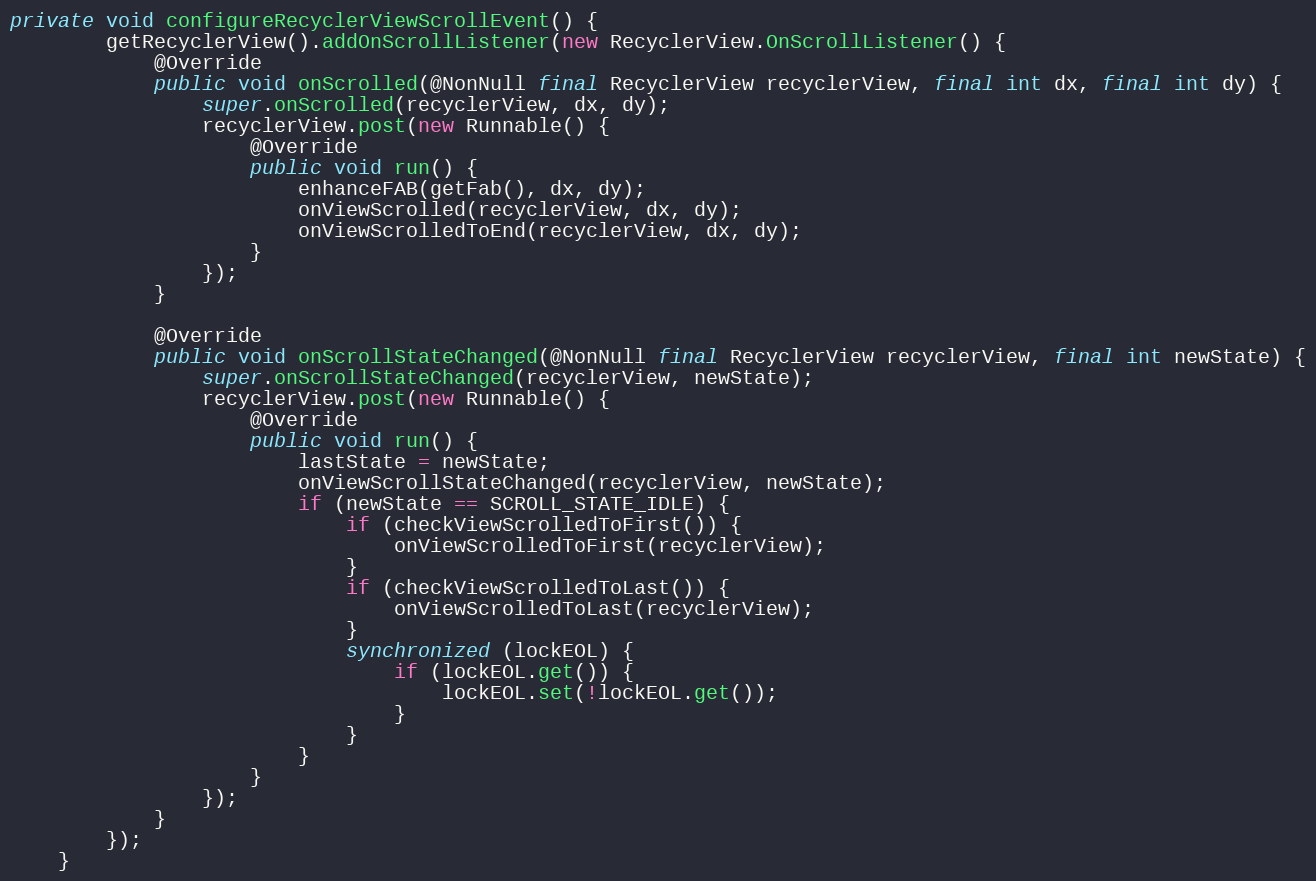
Language: Java
private void configureRecyclerViewScrollEvent() {
        getRecyclerView().addOnScrollListener(new RecyclerView.OnScrollListener() {
            @Override
            public void onScrolled(@NonNull final RecyclerView recyclerView, final int dx, final int dy) {
                super.onScrolled(recyclerView, dx, dy);
                recyclerView.post(new Runnable() {
                    @Override
                    public void run() {
                        enhanceFAB(getFab(), dx, dy);
                        onViewScrolled(recyclerView, dx, dy);
                        onViewScrolledToEnd(recyclerView, dx, dy);
                    }
                });
            }

            @Override
            public void onScrollStateChanged(@NonNull final RecyclerView recyclerView, final int newState) {
                super.onScrollStateChanged(recyclerView, newState);
                recyclerView.post(new Runnable() {
                    @Override
                    public void run() {
                        lastState = newState;
                        onViewScrollStateChanged(recyclerView, newState);
                        if (newState == SCROLL_STATE_IDLE) {
                            if (checkViewScrolledToFirst()) {
                                onViewScrolledToFirst(recyclerView);
                            }
                            if (checkViewScrolledToLast()) {
                                onViewScrolledToLast(recyclerView);
                            }
                            synchronized (lockEOL) {
                                if (lockEOL.get()) {
                                    lockEOL.set(!lockEOL.get());
                                }
                            }
                        }
                    }
                });
            }
        });
    }